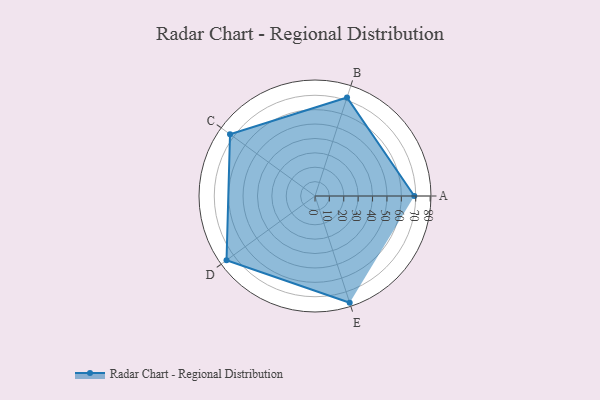
{"axis": {"x": "Skill", "y": "Score"}, "legend": ["Profile"], "data": [{"x": "A", "y": 69.0, "type": "Profile"}, {"x": "B", "y": 72.0, "type": "Profile"}, {"x": "C", "y": 73.0, "type": "Profile"}, {"x": "D", "y": 76.0, "type": "Profile"}, {"x": "E", "y": 78.0, "type": "Profile"}]}